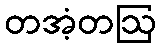
တအံ့တဩ